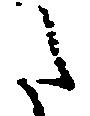
た